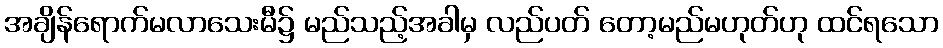
အချိန်ရောက်မလာသေးမီ၌ မည်သည့်အခါမှ လည်ပတ် တော့မည်မဟုတ်ဟု ထင်ရသော